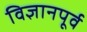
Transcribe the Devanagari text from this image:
विज्ञानपूर्व